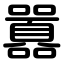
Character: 囂